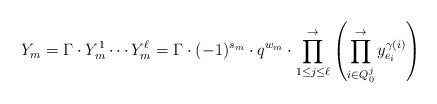
LaTeX: \begin{align*}Y_m = \Gamma \cdot Y^1_m \cdots Y^\ell_m = \Gamma \cdot (-1)^{s_m} \cdot q^{w_m} \cdot \prod_{1\leq j \leq \ell}^{\to} \left(\prod_{i\in Q_0^j}^{\to} y_{e_i}^{\gamma(i)}\right)\end{align*}